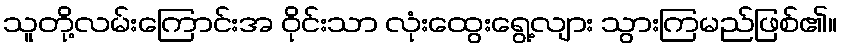
သူတို့လမ်းကြောင်းအ ဝိုင်းသာ လုံးထွေးရွေ့လျား သွားကြမည်ဖြစ်၏။